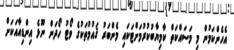
އެހެންކަމުން މި މަސައްކަތް ކާމިޔާބުކުރުމަށްޓަކައި މެންބަރު ޤައުމުތަކުގެ ވޯޓު ހޯދަން ނޫޅެ އިންޑިއާއަކަށް